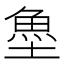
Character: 𩵘